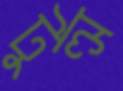
টুল্স